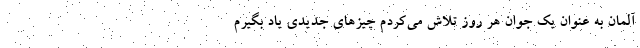
آلمان به عنوان یک جوان هر روز تلاش می‌کردم چیز‌های جدیدی یاد بگیرم